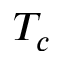
T _ { c }